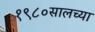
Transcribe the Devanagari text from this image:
१९८०सालच्या